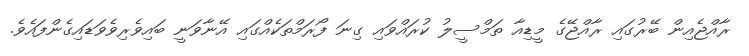
ރާއްޖެއިން ބޭރުގައި ރާއްޖޭގެ މީޑިއާ ތަމްސީލު ކުރައްވައި ގިނަ ފޯރަމްތަކެއްގައި އޭނާވަނީ ބައިވެރިވެވަޑައިގެންފައެވެ.